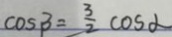
\cos \beta = \frac { 3 } { 2 } \cos \alpha